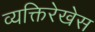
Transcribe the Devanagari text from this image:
व्यक्तिरेखेस